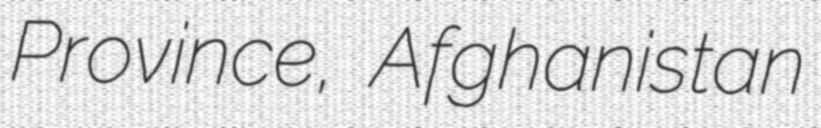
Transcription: Province, Afghanistan